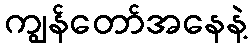
ကျွန်တော်အနေနဲ့